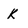
Character: K